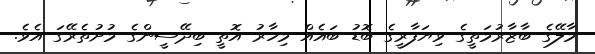
މާލޭގެ ބާޒާރުމަތީގެ ވިޔަފާރީގެ ބޮޑު ބައެއް މިހާރު އޮތީ ބިދޭސީންގެ މުށުތެރޭގަ އެވެ.